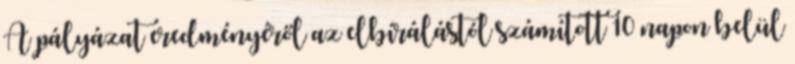
A pályázat eredményéről az elbírálástól számított 10 napon belül